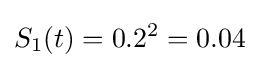
S_{1}(t)=0.2^{2}=0.04